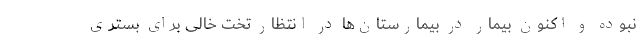
نبوده و اکنون بیمار در بیمارستان‌ها در انتظار تخت خالی برای بستری